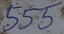
Text: 555